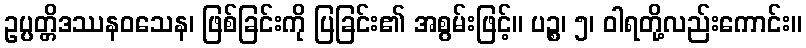
ဥပ္ပတ္တိဒဿနဝသေန၊ ဖြစ်ခြင်းကို ပြခြင်း၏ အစွမ်းဖြင့်။ ပဉ္စ၊ ၅၊ ဝါရတို့လည်းကောင်း။